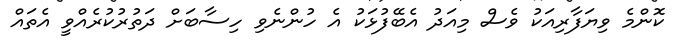
ކޮންމެ ވިޔަފާރިއަކު ވެސް މިއަދު އެބޭފުޅަކު އެ ހުންނެވި ހިސާބަށް ދަތުރުކުރެއްވީ އެތައް